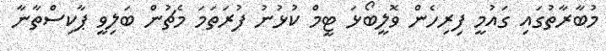
މުބާރާތުގައި ގައުމީ ފިރިހެން ވޮލީބޯޅަ ޓީމް ކުޅުނު ފުރަތަމަ މެޗުން ބަލިވީ ޕާކިސްތާނާ